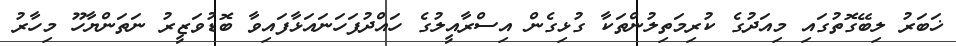
ޚަބަރު ލިބޭގޮތުގައި މިއަދުގެ ކުރިމަތިލުންތަކާ ގުޅިގެން އިސްރާއީލުގެ ހައްދުފަހަނައަޅާފައިވާ ބޮޑުވަޒީރު ނަތަންޔާހޫ މިހާރު